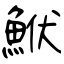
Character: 鮲